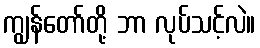
ကျွန်တော်တို့ ဘာ လုပ်သင့်လဲ။